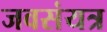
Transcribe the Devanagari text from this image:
जवसंयत्र